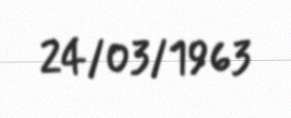
24/03/1963